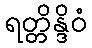
ရတ္တိန္ဒိဝံ